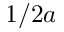
1 / 2 a